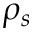
\rho _ { s }